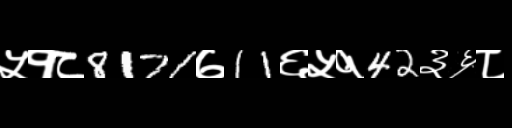
Text: ५१८8171७11६५१42३६८